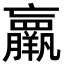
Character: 𮊵